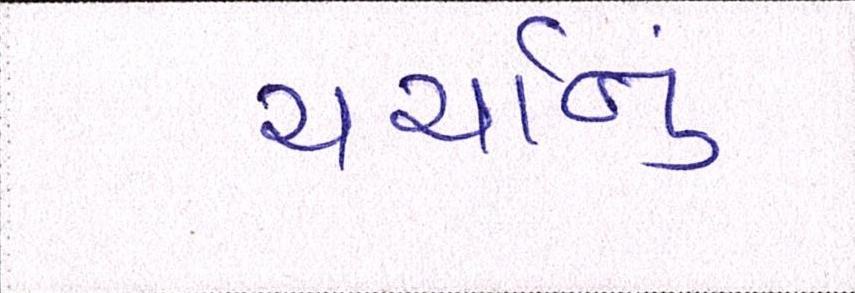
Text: ચર્ચાનું